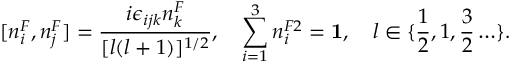
[ n _ { i } ^ { F } , n _ { j } ^ { F } ] = \frac { i \epsilon _ { i j k } n _ { k } ^ { F } } { [ l ( l + 1 ) ] ^ { 1 / 2 } } , \quad \sum _ { i = 1 } ^ { 3 } n _ { i } ^ { F 2 } = { \bf 1 } , \quad l \in \{ \frac { 1 } { 2 } , 1 , \frac { 3 } { 2 } \ldots \} .